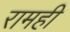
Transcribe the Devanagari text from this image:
रामही